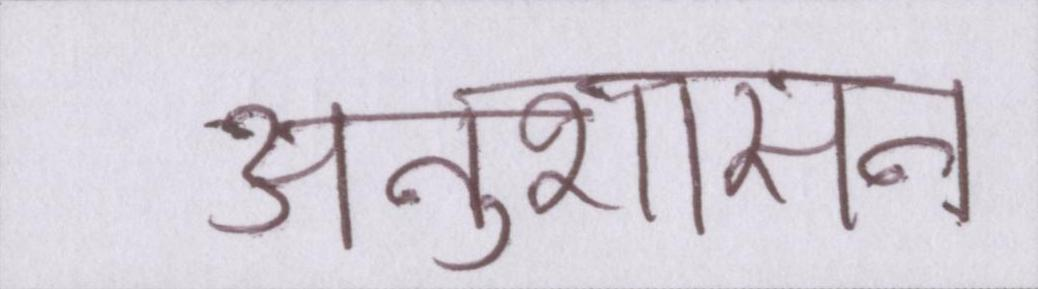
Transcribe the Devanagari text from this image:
अनुशासन